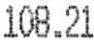
108.21